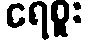
ရေစူး